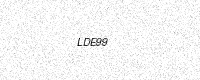
Text: LDE99